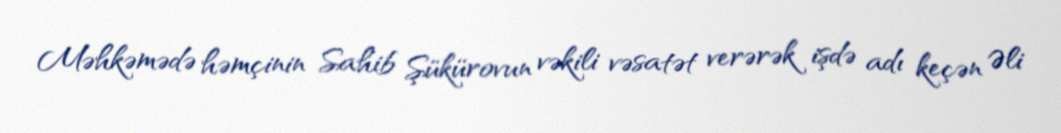
Məhkəmədə həmçinin Sahib Şükürovun vəkili vəsatət verərək işdə adı keçən Əli